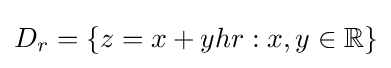
D_{r}=\lbrace z=x+yhr:x,y\in \mathbb {R} \rbrace